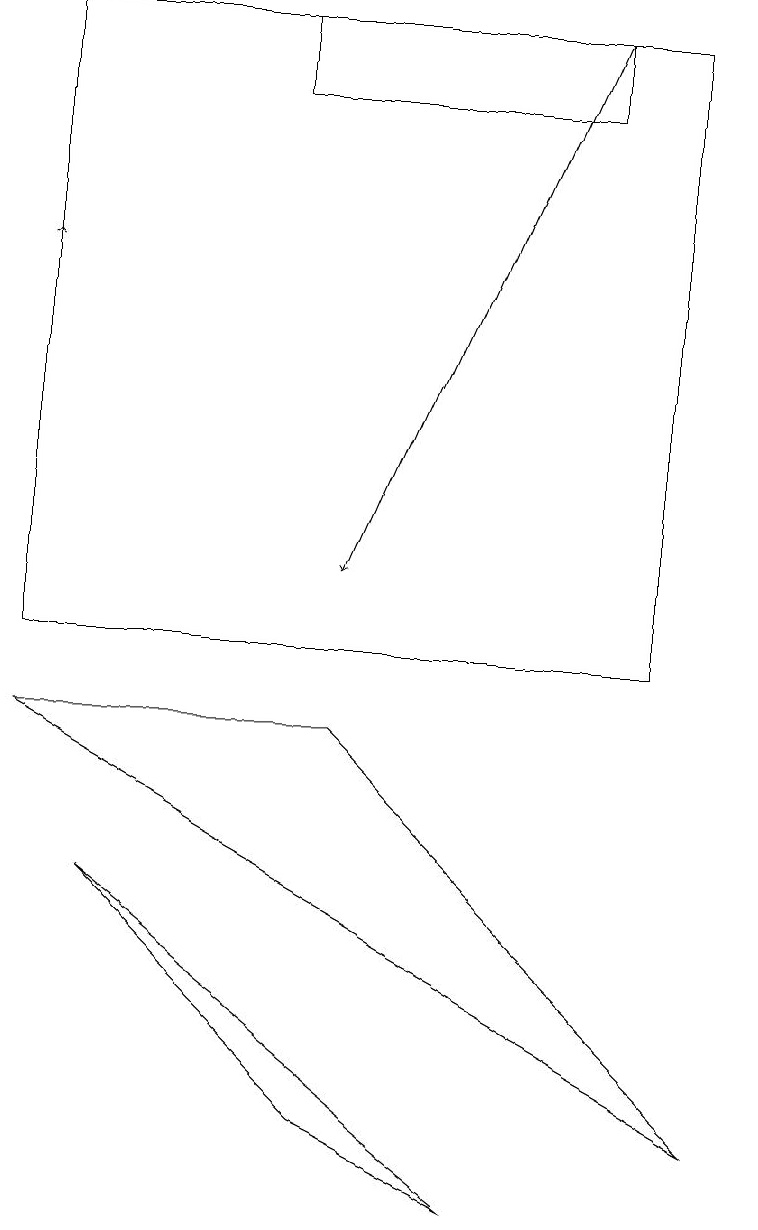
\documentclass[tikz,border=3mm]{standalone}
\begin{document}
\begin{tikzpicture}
\draw (1,7) -- (6,3) -- (4,4) -- cycle;
\draw (0,18) rectangle (8,10);
\draw[->] (7,18) -- (4,11);
\draw (9,4) -- (0,9) -- (4,9) -- cycle;
\draw (3,17) rectangle (7,18);
\draw[->] (0,13) -- (0,15);
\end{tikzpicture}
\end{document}